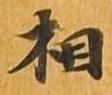
相